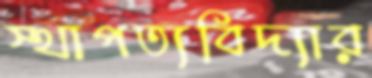
স্থাপত্যবিদ্যার